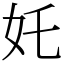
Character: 奼